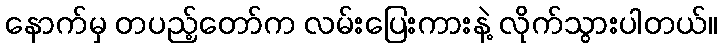
နောက်မှ တပည့်တော်က လမ်းပြေးကားနဲ့ လိုက်သွားပါတယ်။